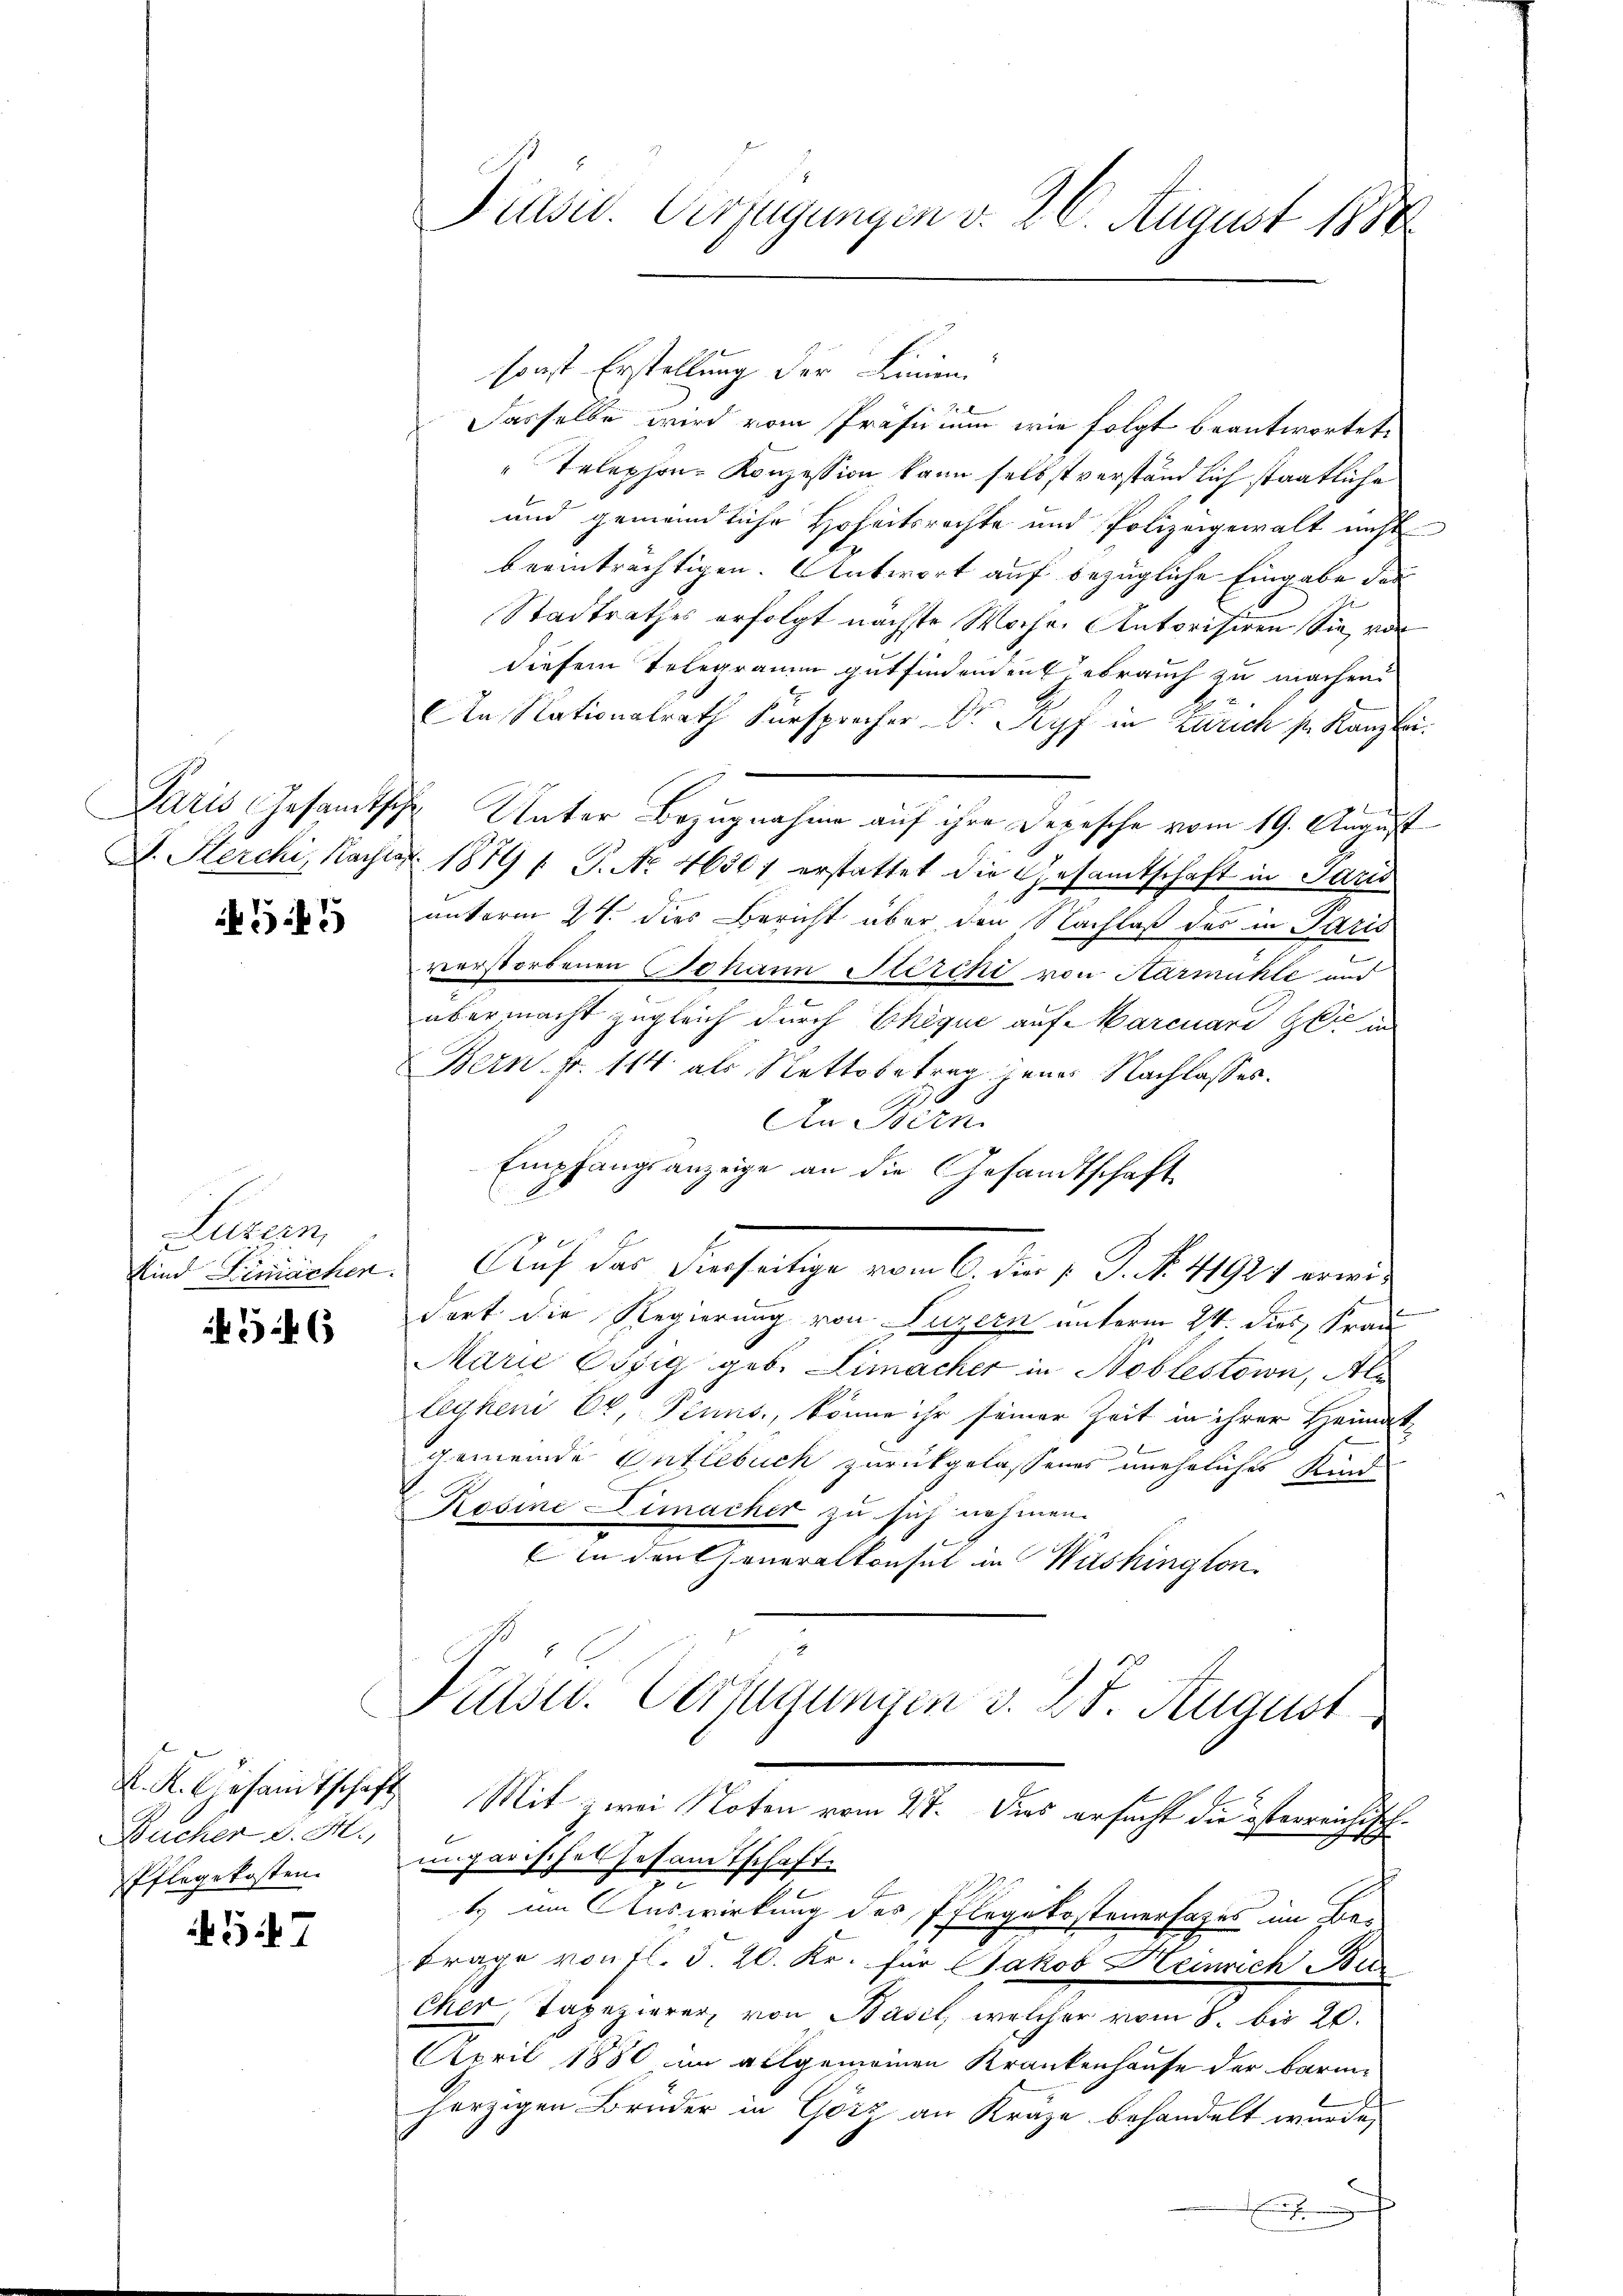
545

Luzern,

346

K. K. Gesandtschaft
Bucher d. M.,
Pflegekosten.

57

Präsid. Verfügungen v. 26. August 1884

sonst Erstellung der Linien.
Dasselbe wird vom Präsidium wie folgt beantwortet.
Telephon- Konzession kann selbst verständlich staatliche
und gemeindliche Hoheitsrechte und Polizeigewalt nicht
beeinträchtigen. Antwort auf bezügliche Eingabe der
Stadtrathes erfolgt nächste Woche Autorisiren Sie, vor
diesem Telegramm gutfindenden abrauch zu machend
An Nationalrath Fürsprecher Dr Ryf in Zürich s. Kanzlei.
Paris Gesamtsche Unter Bezugnahme auf ihre Depesche vom 19. August
D. Herchi, Nach 1879 f. P. Nr. 46301 erstattet die Gesamtschaft in Paris
unterm 24. dies Bericht über den Nachlaß des in Paris
verstorbenen Johann Stärcki von Harmühle und
übermacht zugleich durch Ehèque auf Marcuard Zeit in
Bern. Fr. 114 als Nettobetrag jener Nachlasses.
h
An Bern.
Empfangsanzeige an die Gesandtschaft
Kind Lenischen. Auf das hierseitige vom 6. die v. J. No. 41921 erwie
dort die Regierung von Luzern unterm 24. dies, Frau
Marie Oszig geb. Limacher in Noblestown, Ale
leyhen Er, Penns., könne ihr seiner Zeit in ihrer Heimatgemeinde Entlebuch zurückgelassenes uneheliches Kind
Rosine Limacher zu sich nehmen.
in den Generalkonsul in Washington
Präsid. Verfügungen v. 27. August
Mit zwei Noten vom 27. Dies ersucht die österreichischungarisches Gesandtschaft
t. im Auswirkung des Pflegekostenersages im Be¬
Frage von fl. § 20. Kr. für Jakob Heinrich Bur
Cher, Tapezierer von Basil, welcher vom 8. bis 20.
April 1880 in allgemeinen Krankenhause der Barmherzigen Brüder in Görz an Kräze behandelt wurde,